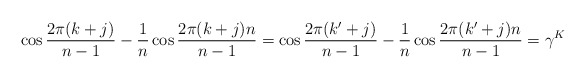
\begin{align*}\cos \frac{2 \pi (k+j)}{n-1} - \frac{1}{n} \cos \frac{2 \pi (k+j)n}{n-1}=\cos \frac{2 \pi (k'+j)}{n-1} - \frac{1}{n} \cos \frac{2\pi (k'+j) n}{n-1}=\gamma^K \end{align*}